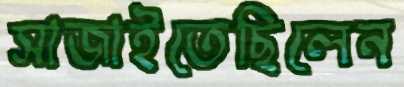
সাজাইতেছিলেন